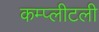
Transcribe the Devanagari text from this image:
कम्प्लीटली